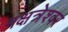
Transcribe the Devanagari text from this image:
नक्षत्रेश्वर